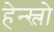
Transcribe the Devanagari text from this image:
हेन्स्लो